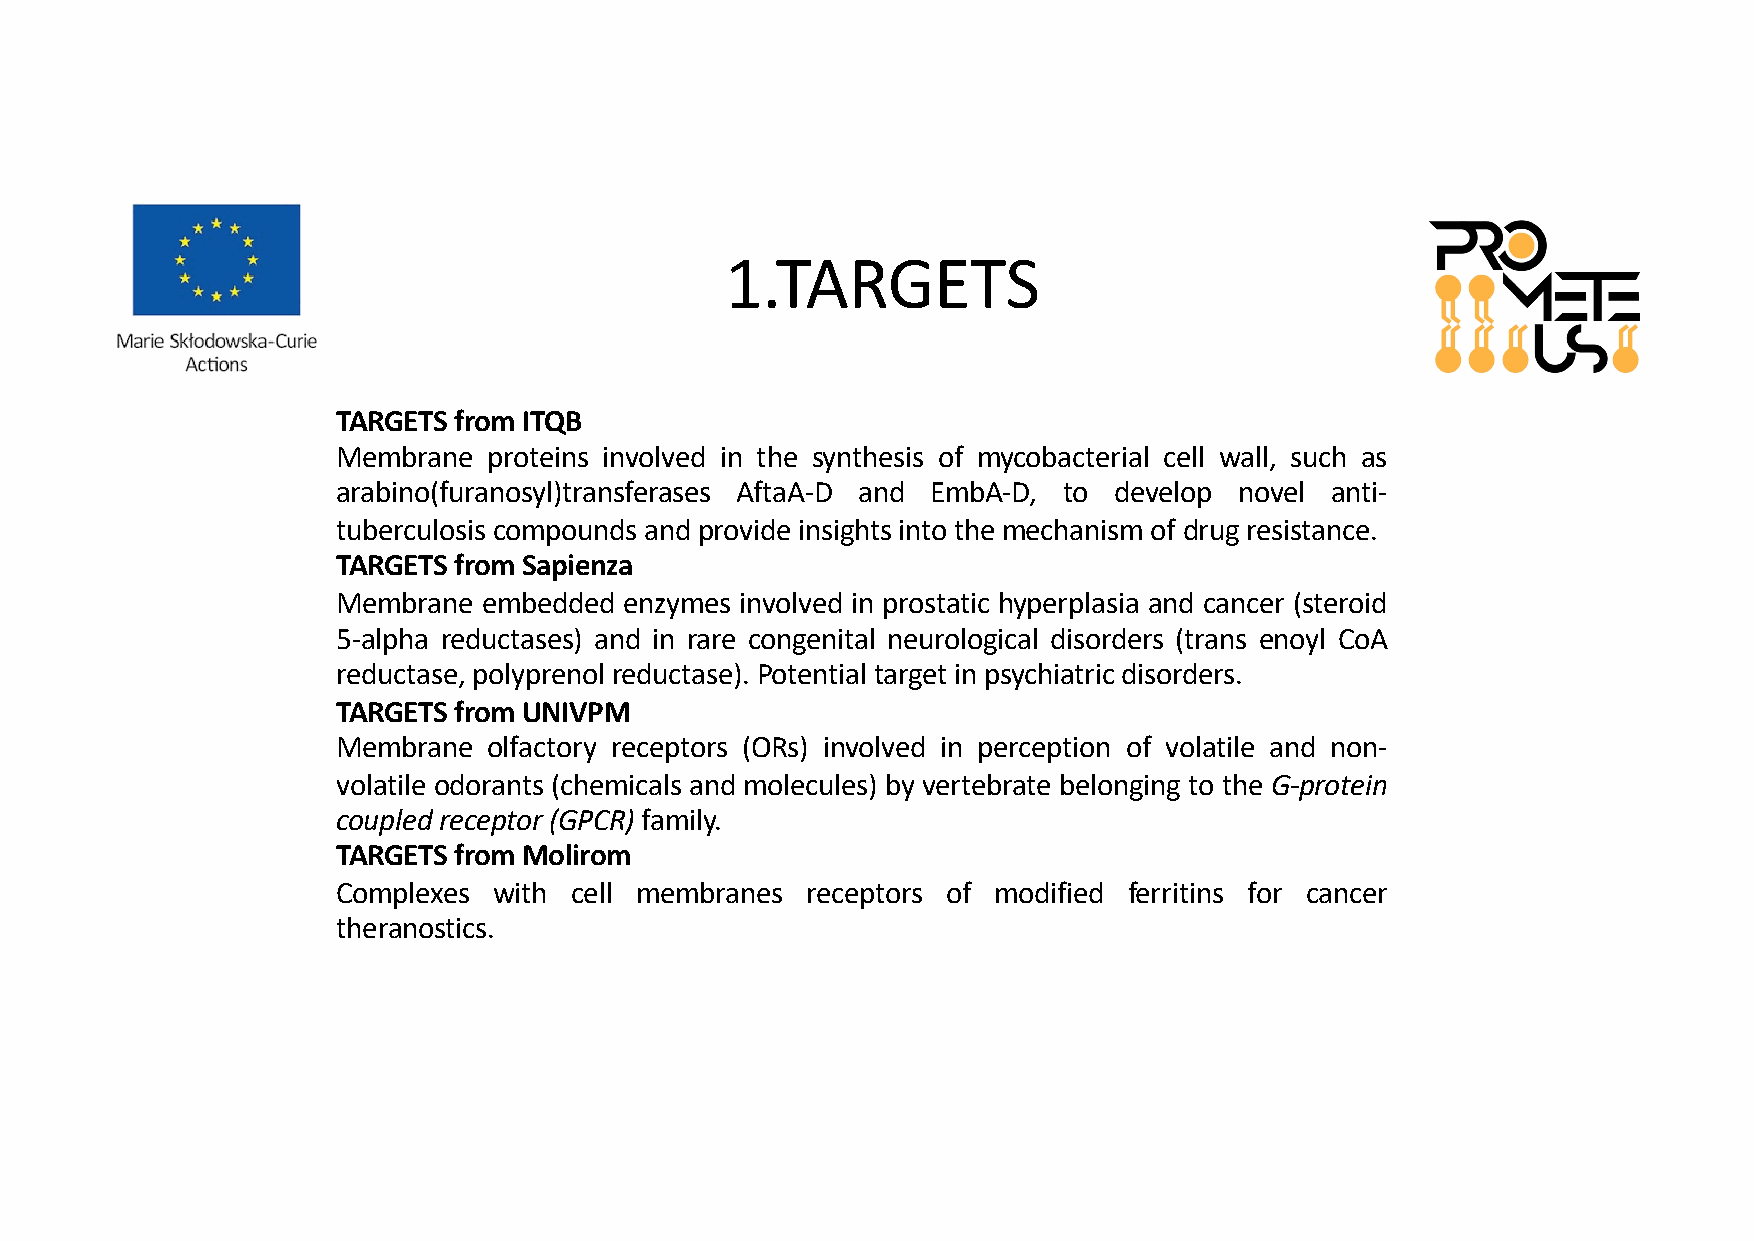
1.TARGETS
 TARGETS fromITQB
 Membrane  proteins involved in the synthesis of mycobacterial cell wall, such as
 arabino(furanosyl)transferases AftaA-D and EmbA-D, to develop novel anti-
 tuberculosis compounds and provide insights into the mechanismof drug resistance.
 TARGETS fromSapienza
 Membrane  embedded enzymes involved in prostatic hyperplasia and cancer (steroid
 5-alpha reductases) and in rare congenital neurological disorders (trans enoyl CoA
 reductase, polyprenol reductase). Potential target in psychiatric disorders.
 TARGETS fromUNIVPM
 Membrane  olfactory receptors (ORs) involved in perception of volatile and non-
 volatile odorants (chemicals and molecules) by vertebrate belonging to the G-protein
 coupled receptor (GPCR) family.
 TARGETS fromMolirom
 Complexes  with cell membranes receptors of modified ferritins for cancer
 theranostics.